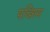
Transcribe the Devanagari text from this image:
पच्शिम